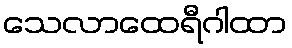
သေလာထေရီဂါထာ